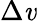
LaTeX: \Delta\mathit{v}